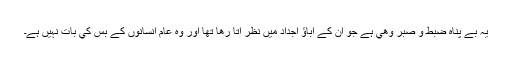
يہ بے پناہ ضبط و صبر وھي ہے جو ان کے آباؤ اجداد ميں نظر آتا رھا تھا اور وہ عام انسانوں کے بس کي بات نہيں ہے۔